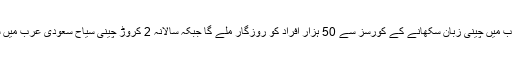
مبصرین کے مطابق سعودی عرب میں چینی زبان سکھانے کے کورسز سے 50 ہزار افراد کو روزگار ملے گا جبکہ سالانہ 2 کروڑ چینی سیاح سعودی عرب میں سیاحت کی غرض سے آئیں گے۔